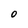
Character: O